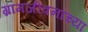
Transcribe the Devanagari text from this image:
ग्रामजीवनाच्या